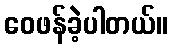
ဝေဖန်ခဲ့ပါတယ်။